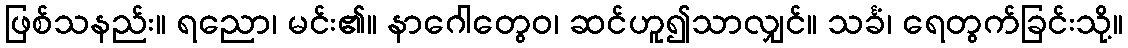
ဖြစ်သနည်း။ ရညော၊ မင်း၏။ နာဂေါတွေဝ၊ ဆင်ဟူ၍သာလျှင်။ သင်္ခံ၊ ရေတွက်ခြင်းသို့။